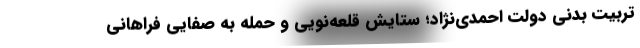
تربیت بدنی دولت احمدی‌نژاد؛ ستایش قلعه‌نویی و حمله به صفایی فراهانی